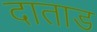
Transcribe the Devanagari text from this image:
दाताड